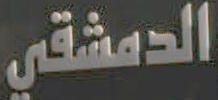
الدمشقي